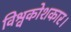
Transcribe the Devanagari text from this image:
विश्वकोशकार।